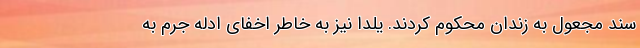
سند مجعول به زندان محکوم کردند. یلدا نیز به خاطر اخفای ادله جرم به